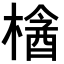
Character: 𣘞